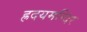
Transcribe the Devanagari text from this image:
ह्रदयमन्दिर